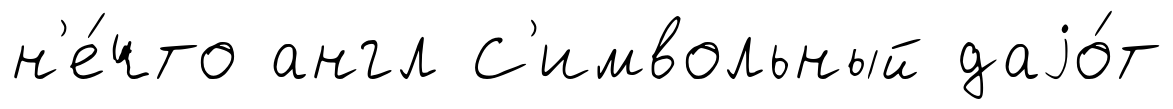
н'е́что англ С'имвольный даjо́т